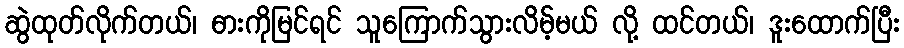
ဆွဲထုတ်လိုက်တယ်၊ ဓားကိုမြင်ရင် သူကြောက်သွားလိမ့်မယ် လို့ ထင်တယ်၊ ဒူးထောက်ပြီး